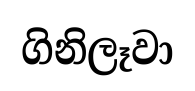
ගිනිලෑවා